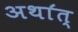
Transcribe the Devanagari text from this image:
अथा॔त्